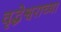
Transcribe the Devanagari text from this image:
वृद्धेश्वराच्या